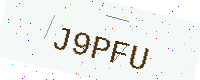
Text: J9PFU